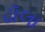
ઢૉલા